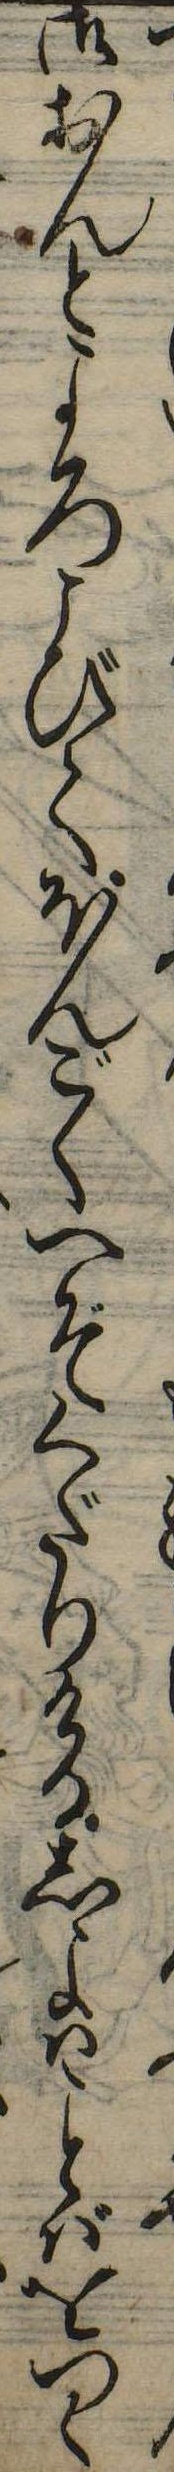
御おんとよろこびてほんごくへぞくだりけるしよはばをつく